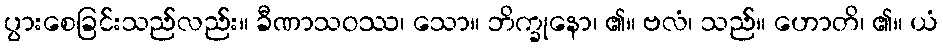
ပွားစေခြင်းသည်လည်း။ ခီဏာသဝဿ၊ သော။ ဘိက္ခုနော၊ ၏။ ဗလံ၊ သည်။ ဟောတိ၊ ၏။ ယံ